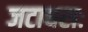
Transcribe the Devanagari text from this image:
जटाधराः